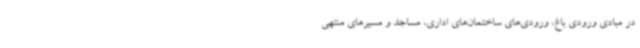
در مبادی ورودی باغ، ورودی‌های ساختمان‌های اداری، مساجد و مسیرهای منتهی